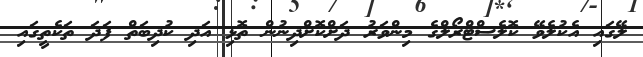
ލޭގައި އެކުލެވޭ ކޮލެސްޓްރޯލްގެ މިންވަރު ދަށްކޮށްދިނުން ތޮޅި އަދި ކުދިބަތް ފަދަ ތަކެތީގައި